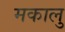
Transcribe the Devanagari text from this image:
मकालु